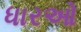
ધારઓ